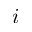
i